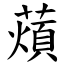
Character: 薠